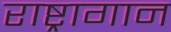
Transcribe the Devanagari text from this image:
राष्ट्रागान